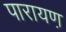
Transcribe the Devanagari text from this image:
पारायण़